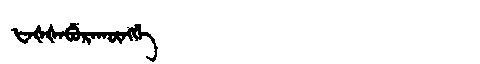
Manchu: ᡶᠠᡧᡧᠠᠪᡠᡵᠠᡴᡡᠩᡤᡝ
Romanization: FAŠŠABURAKŪNGGE